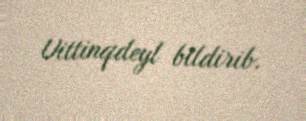
Uittinqdeyl bildirib.